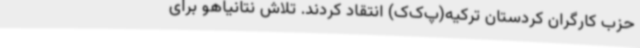
حزب کارگران کردستان ترکیه(پ‌ک‌ک) انتقاد کردند. تلاش نتانیاهو برای